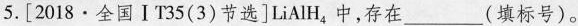
5.[2018·全国ⅠT35(3)节选]LiAlH_{4}中，存在___(填标号)。